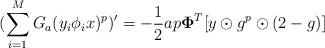
LaTeX: \begin{align*}(\sum_{i=1}^{M}G_a(y_i\phi_i x)^p)'=-\frac{1}{2}ap\mathbf{\Phi }^T [y\odot g^p\odot(2-g)]\end{align*}